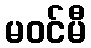
မဝင်မီ